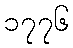
၁၇၇၆